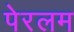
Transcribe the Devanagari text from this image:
पेरलम